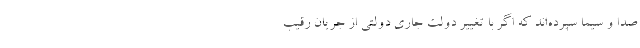
صدا و سیما سپرده‌اند که اگر با تغییر دولت جاری دولتی از جریان رقیب